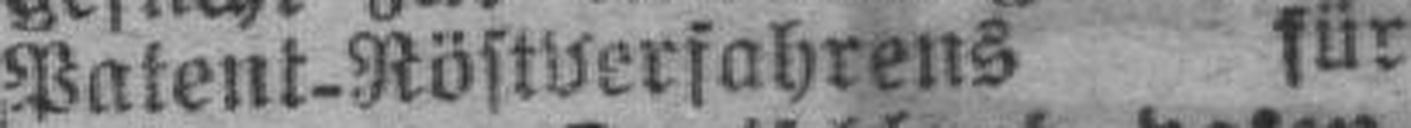
Patent-Röstverfahrens für